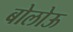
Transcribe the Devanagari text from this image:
बोलोऊ